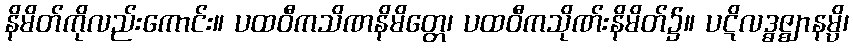
နိမိတ်ကိုလည်းကောင်း။ ပထဝီကသိဏနိမိတ္တေ၊ ပထဝီကသိုဏ်းနိမိတ်၌။ ပဋိလဒ္ဓဇ္ဈာနမ္ပိ၊